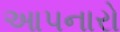
આપનારો